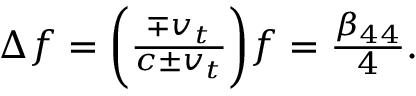
\begin{array} { r } { \Delta f = \bigg ( \frac { \mp v _ { t } } { c \pm v _ { t } } \bigg ) f = \frac { \beta _ { 4 4 } } { 4 } . } \end{array}